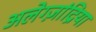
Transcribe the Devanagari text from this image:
अलेग्ज़ांद्रिया